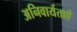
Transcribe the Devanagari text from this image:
अनिवार्यताएँ